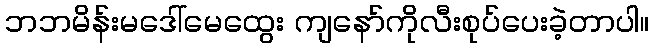
ဘဘမိန်းမဒေါ်မေထွေး ကျနော်ကိုလီးစုပ်ပေးခဲ့တာပါ။